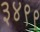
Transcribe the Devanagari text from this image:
३४९९